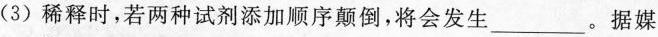
(3)稀释时，若两种试剂添加顺序颠倒，将会发生_。据媒体